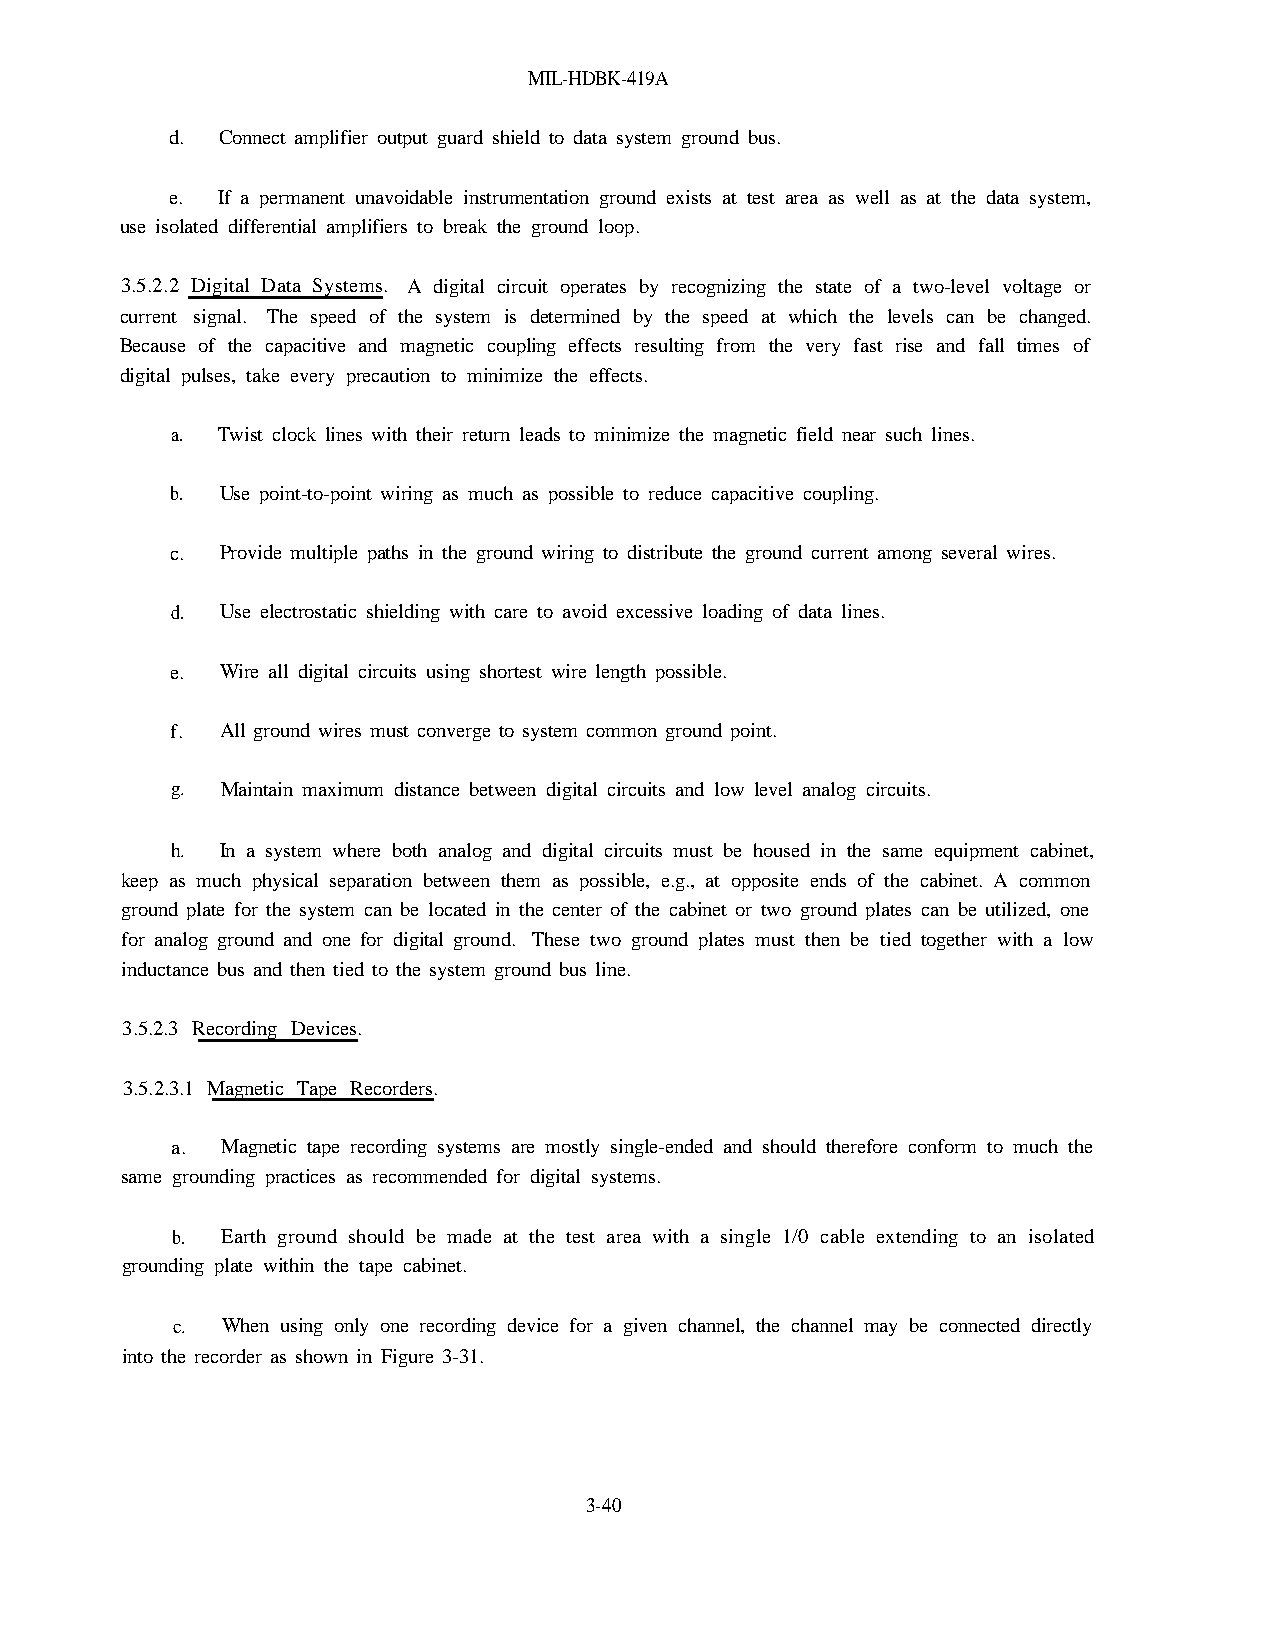
MIL-HDBK-419A
 d. Connect amplifier output guard shield to data system ground bus.
 e. If a permanent unavoidable instrumentation ground exists at test area as well as at the data system,
 use isolated differential amplifiers to break the ground loop.
 3.5.2.2 Digital Data Systems. A digital circuit operates by recognizing the state of a two-level voltage or
 current signal. The speed of the system is determined by the speed at which the levels can be changed.
 Because of the capacitive and magnetic coupling effects resulting from the very fast rise and fall times of
 digital pulses, take every precaution to minimize the effects.
 a. Twist clock lines with their return leads to minimize the magnetic field near such lines.
 b.  Use point-to-point wiring as much as possible to reduce capacitive coupling.
 c.  Provide multiple paths in the ground wiring to distribute the ground current among several wires.
 d.  Use electrostatic shielding with care to avoid excessive loading of data lines.
 e.  Wire all digital circuits using shortest wire length possible.
 f.  All ground wires must converge to system common ground point.
 g.  Maintain maximum distance between digital circuits and low level analog circuits.
 h.  In a system where both analog and digital circuits must be housed in the same equipment cabinet,
 keep as much physical separation between them as possible, e.g., at opposite ends of the cabinet. A common
 ground plate for the system can be located in the center of the cabinet or two ground plates can be utilized, one
 for analog ground and one for digital ground. These two ground plates must then be tied together with a low
 inductance bus and then tied to the system ground bus line.
 3.5.2.3 Recording Devices.
 3.5.2.3.1 Magnetic Tape Recorders.
 a.  Magnetic tape recording systems are mostly single-ended and should therefore conform to much the
 same grounding practices as recommended for digital systems.
 b.  Earth ground should be made at the test area with a single 1/0 cable extending to an isolated
 grounding plate within the tape cabinet.
 c.  When using only one recording device for a given channel, the channel may be connected directly
 into the recorder as shown in Figure 3-31.
 3-40